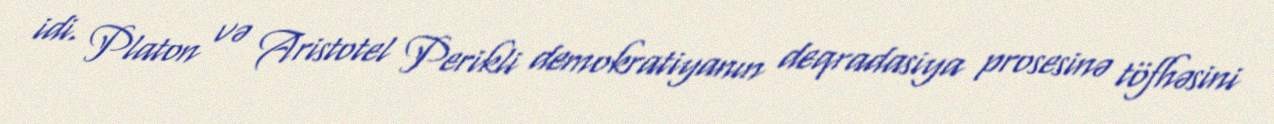
idi. Platon və Aristotel Perikli demokratiyanın deqradasiya prosesinə töfhəsini